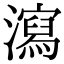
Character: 瀉